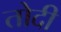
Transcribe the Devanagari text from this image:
तोदी